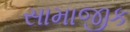
સામાજીક